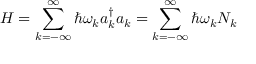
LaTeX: H = \sum _ { k = - \infty } ^ { \infty } \hbar \omega _ { k } a _ { k } ^ { \dagger } a _ { k } = \sum _ { k = - \infty } ^ { \infty } \hbar \omega _ { k } N _ { k }